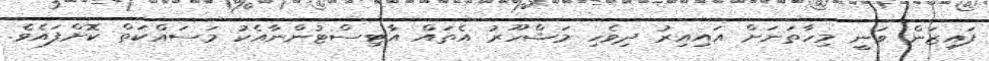
ފައިޒަން ވަނީ މިހާތަނަށް އައިއިރު ދިވެހި މަޝްހޫރު އެތައް އާޓިސްޓުންނާއެކު މަސައްކަތް ކޮށްފައެވެ.